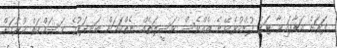
ފަރަށް އަރާފައިވާ ޓަގު ފުންކުރެވޭނެ އެއްވެސް ވަސީލަތެއް ނެތްކަމަށް ބަނދަރުގެ މަސައްކަތް ކުރުމަށް